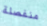
منفصلة